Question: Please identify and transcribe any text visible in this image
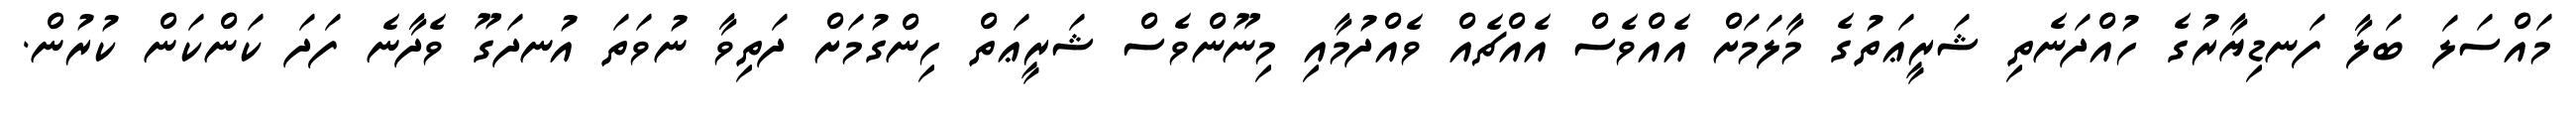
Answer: މައްސަލަ ބަލާ ފަނޑިޔާރުގެ ހުއްދަނެތި ޝަރީޢަތުގެ މާލަމަށް އެއްވެސް އެއްޗެއް ވެއްދުމާއި މިނޫންވެސް ޝަރީޢަތް ހިންގުމަށް ދަތިވާ ނުވަތަ އުނދަގޫ ވެދާނެ ފަދަ ކަންކަން ކުރުން.